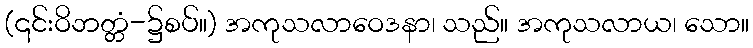
(၎င်းဝိဘတ္တံ-၌စပ်။) အကုသလာဝေဒနာ၊ သည်။ အကုသလာယ၊ သော။